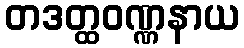
တဒတ္ထဝဏ္ဏနာယ